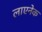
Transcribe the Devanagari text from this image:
लाएनेक